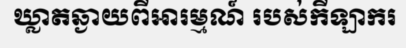
ឃ្លាតឆ្ងាយពីអារម្មណ៍ របស់កីឡាករ